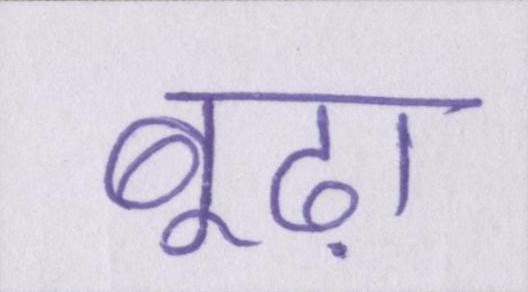
बूढ़ा